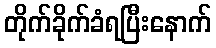
တိုက်ခိုက်ခံရပြီးနောက်